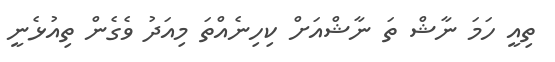
ތިއީ ހަމަ ނާޝް ތަ ނާޝްއަށް ކިހިނެއްތަ މިއަދު ވެގެން ތިއުޅެނީ